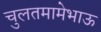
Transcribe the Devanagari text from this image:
चुलतमामेभाऊ